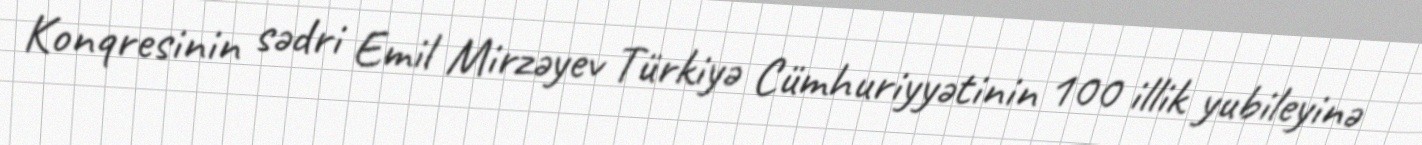
Konqresinin sədri Emil Mirzəyev Türkiyə Cümhuriyyətinin 100 illik yubileyinə